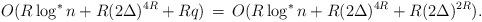
LaTeX: \begin{align*} O(R \log^\ast n + R(2\Delta)^{4R} + Rq) \,=\, O(R \log^\ast n + R(2\Delta)^{4R} + R(2\Delta)^{2R}). \end{align*}